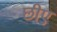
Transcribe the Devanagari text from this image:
छीए